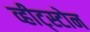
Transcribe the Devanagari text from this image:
व्हीट्स्टोन